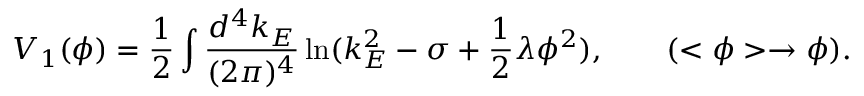
V _ { 1 } ( \phi ) = \frac 1 2 \int \frac { d ^ { 4 } k _ { E } } { ( 2 \pi ) ^ { 4 } } \ln ( k _ { E } ^ { 2 } - \sigma + \frac 1 2 \lambda \phi ^ { 2 } ) , \qquad ( < \phi > \rightarrow \phi ) .